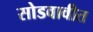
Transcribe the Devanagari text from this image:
सोडवावीत